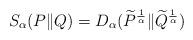
LaTeX: \begin{align*}S_\alpha(P \| Q)=D_\alpha (\widetilde{P}^{ \frac{1}{\alpha}}\|\widetilde{Q}^{\frac{1}{\alpha}})\end{align*}